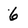
Character: 6